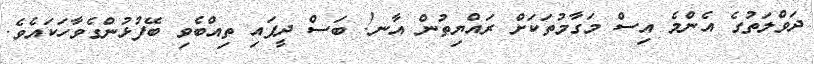
ދަވްލަތުގެ އެންމެ އިސް މަގާމުތަކަށް ރައްޔިތުން އާނ! ބަސް ދީފައި ތިއްބެވި ބޭފުޅުންގެވާހަކައެވެެ.